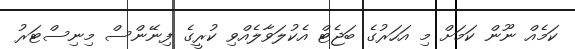
ކަމެއް ނޫން ކަމަށް މި އަހަރުގެ ބަޖެޓް އެކުލަވާލެއްވި ކުރީގެ ފިނޭންސް މިނިސްޓަރު